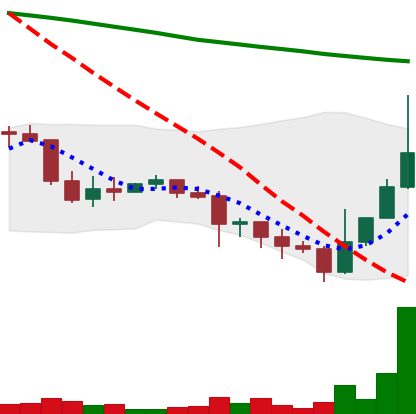
Ticker: DOGE-USD
Chart end date: 2022-01-14
Forward return: -11.546%
Label: down_7plus